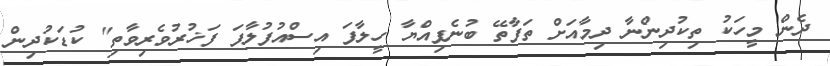
ދެން މީހަކު ތިކުދިންނާ ދިމާއަށް ތަފާތޭ ބުނެފިއްޔާ ހީލާފަ އިސްއުފުލާފަ ފަޚުރުވެރިވާތި" ކުޑަކުދިން